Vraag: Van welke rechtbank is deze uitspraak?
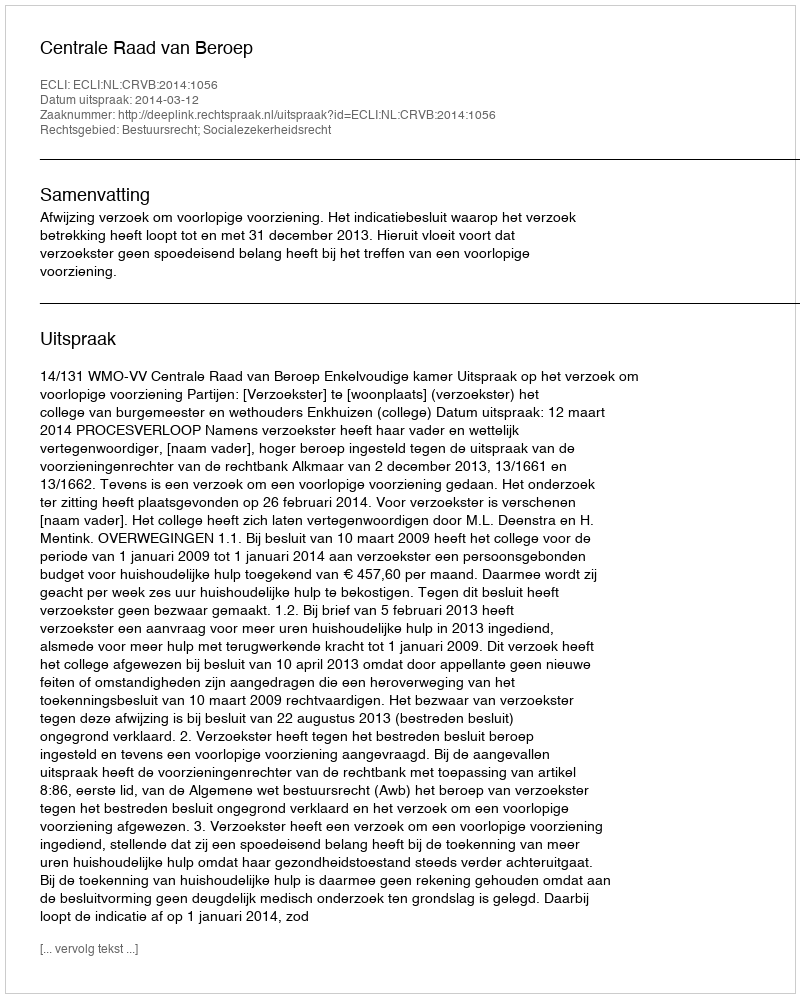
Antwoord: Centrale Raad van Beroep